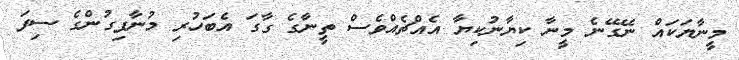
މީނާޔަކައް ނޭގޭނެ މީނާ ކިޔާނުކިޔާ އެއްޗެއްވެސް ތީނާގެ ގާގަ އެބަހުރި މުނާފިގުންގެ ސިފަ